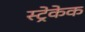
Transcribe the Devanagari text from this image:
स्ट्रेकेक